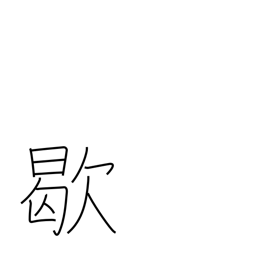
Meaning: out of